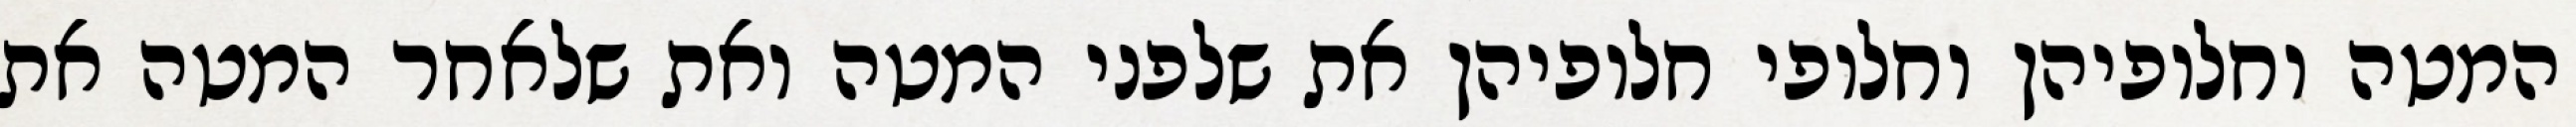
המטה וחלופיהן וחלופי חלופיהן את שלפני המטה ואת שלאחר המטה את